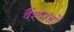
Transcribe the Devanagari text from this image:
वैश्याओं